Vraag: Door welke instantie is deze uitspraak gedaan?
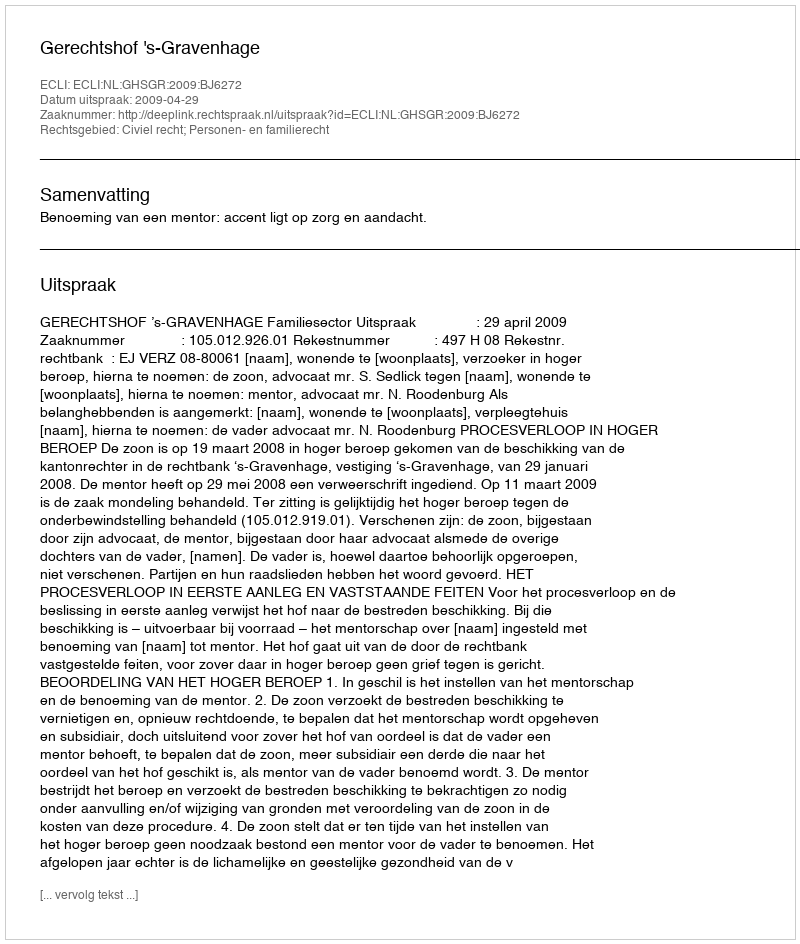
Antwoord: Gerechtshof 's-Gravenhage